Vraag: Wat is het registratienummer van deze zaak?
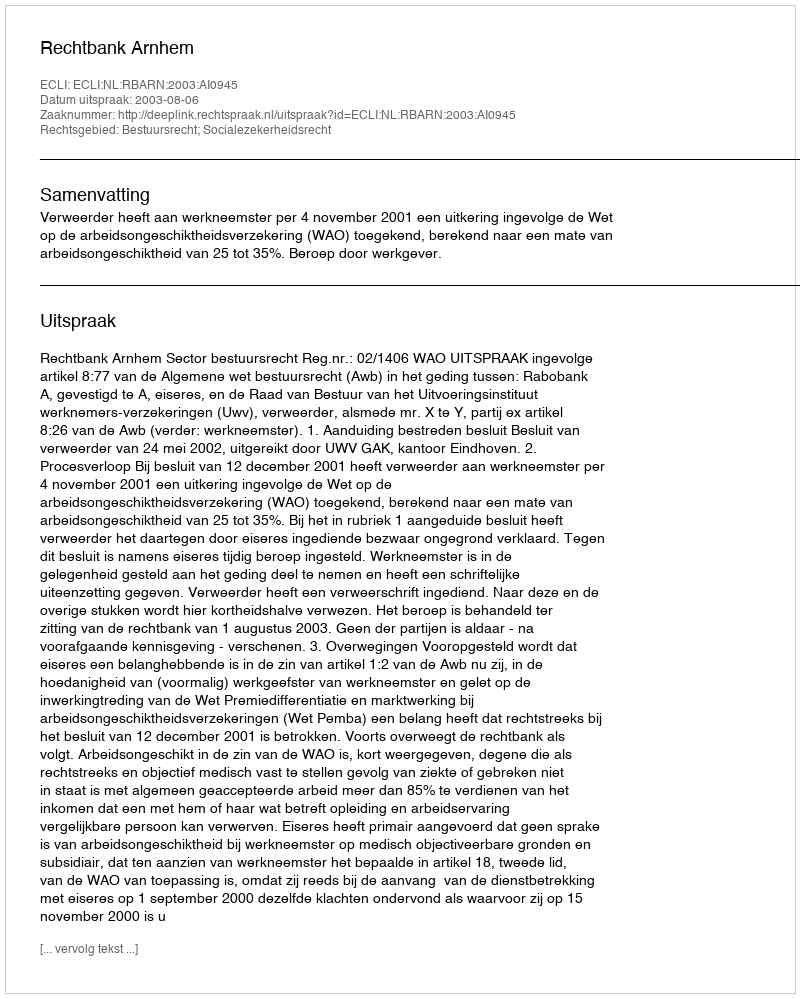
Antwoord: http://deeplink.rechtspraak.nl/uitspraak?id=ECLI:NL:RBARN:2003:AI0945